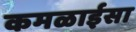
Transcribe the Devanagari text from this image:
कमळाईसा